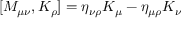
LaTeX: [ M _ { \mu \nu } , K _ { \rho } ] = \eta _ { \nu \rho } K _ { \mu } - \eta _ { \mu \rho } K _ { \nu }